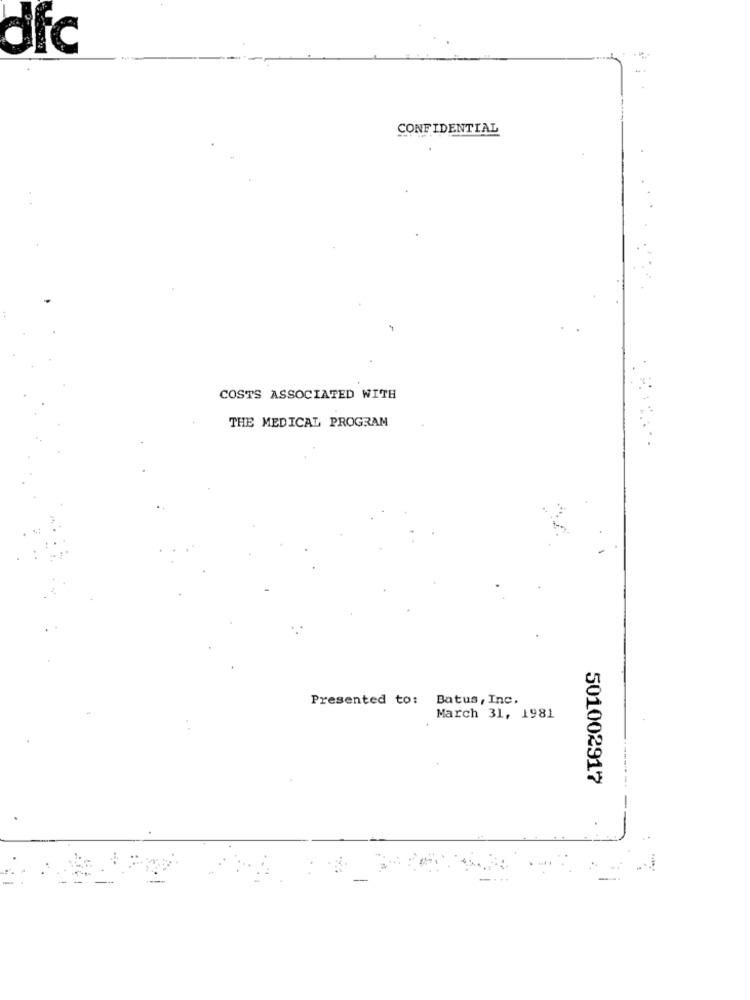
dfc
CONFIDENTIAL
COSTS ASSOCIATED WITH
THE MEDICAL PROGRAM
Presented to: Batus, Inc.
March 31, 1981
501002917